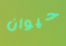
حيوان